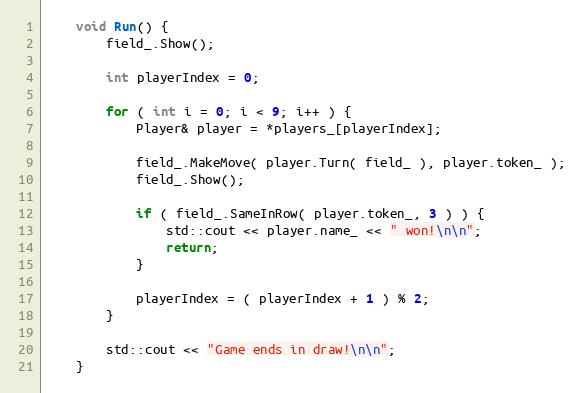
Language: C
	void Run() {
		field_.Show();

		int playerIndex = 0;

		for ( int i = 0; i < 9; i++ ) {
			Player& player = *players_[playerIndex];

			field_.MakeMove( player.Turn( field_ ), player.token_ );
			field_.Show();

			if ( field_.SameInRow( player.token_, 3 ) ) {
				std::cout << player.name_ << " won!\n\n";
				return;
			}

			playerIndex = ( playerIndex + 1 ) % 2;
		}

		std::cout << "Game ends in draw!\n\n";
	}